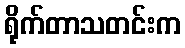
ရိုက်တာသတင်းက